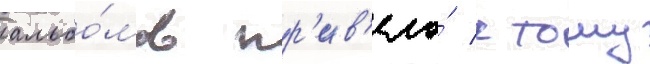
альбо́мов пр'ив'ело́ к тому